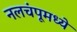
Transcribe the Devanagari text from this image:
नलचंपूमध्ये